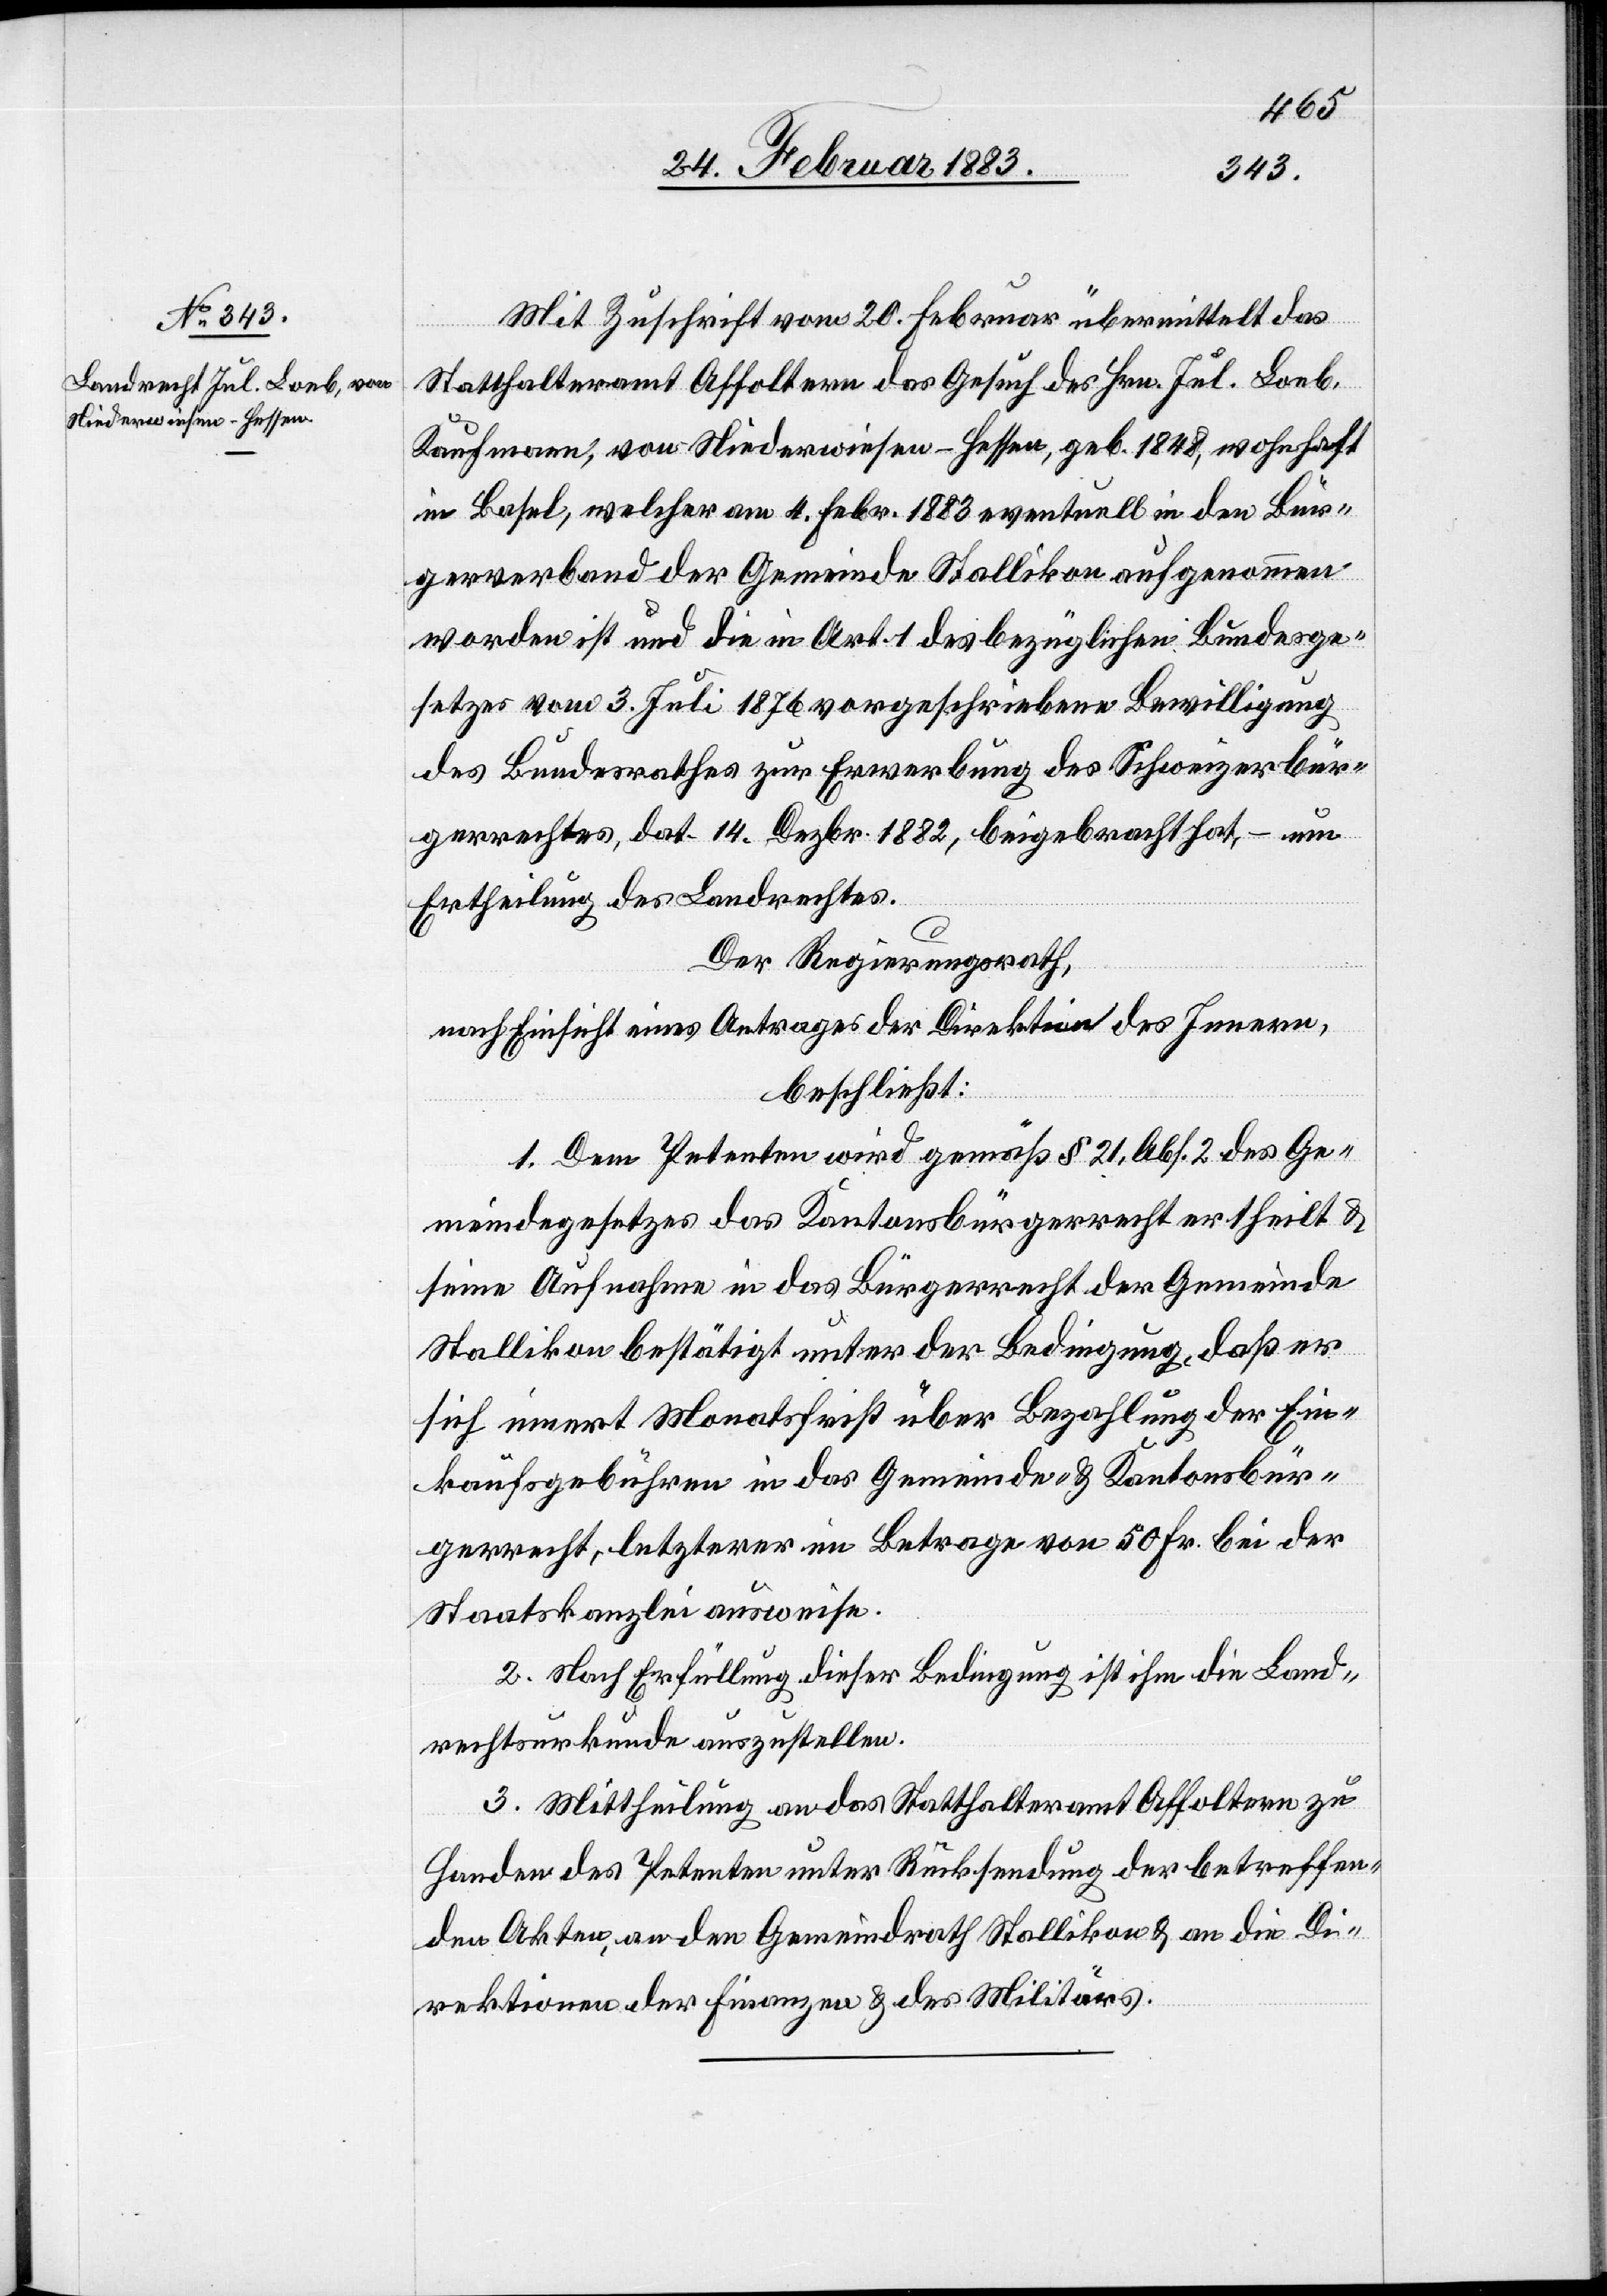
Mit Zuschrift vom 20. Februar übermittelt das
Statthalteramt Affoltern das Gesuch des Hrn. Jul. Loeb,
Kaufmann, von Niederwiesen - Hessen, geb. 1848, wohnhaft
in Basel, welcher am 4. Febr. 1883 eventuell in den Bür¬
gerverband der Gemeinde Stallikon aufgenommen
worden ist und die in Art. 1 des bezüglichen Bundesge¬
setzes vom 3. Juli 1876 vorgeschriebene Bewilligung
des Bundesrathes zur Erwerbung des Schweizerbür¬
gerrechtes, dat. 14. Dezbr. 1882, beigebracht hat, – um
Ertheilung des Landrechtes.
Der Regierungsrath,
nach Einsicht eines Antrages der Direktion des Innern,
beschließt:
1. Dem Petenten wird gemäß § 21, Abs. 2 des Ge¬
meindegesetzes das Kantonsbürgerrecht ertheilt &
seine Aufnahme in das Bürgerrecht der Gemeinde
Stallikon bestätigt unter der Bedingung, daß er
sich innert Monatsfrist über Bezahlung der Ein¬
kaufsgebühren in das Gemeinde- & Kantonsbür¬
gerrecht, letzterer im Betrage von 50 Fr. bei der
Staatskanzlei ausweise.
2. Nach Erfüllung dieser Bedingung ist ihm die Land¬
rechtsurkunde auszustellen.
3. Mittheilung an das Statthalteramt Affoltern zu
Handen des Petenten unter Rücksendung der betreffen¬
den Akten, an den Gemeindrath Stallikon & an die Di¬
rektionen der Finanzen & des Militärs.